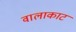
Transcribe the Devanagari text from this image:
वालाकाट